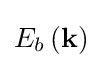
{E_{b}}\left({\bf {k}}\right)